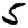
Digit: 5